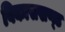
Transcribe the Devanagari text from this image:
विकासखण्‍ड